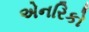
એનરિકો